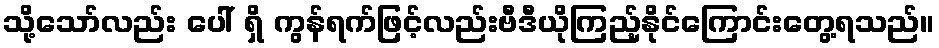
သို့သော်လည်း ပေါ် ရှိ ကွန်ရက်ဖြင့်လည်းဗီဒီယိုကြည့်နိုင်ကြောင်းတွေ့ရသည်။